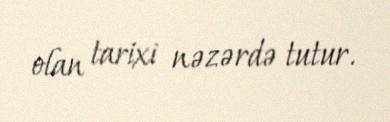
olan tarixi nəzərdə tutur.